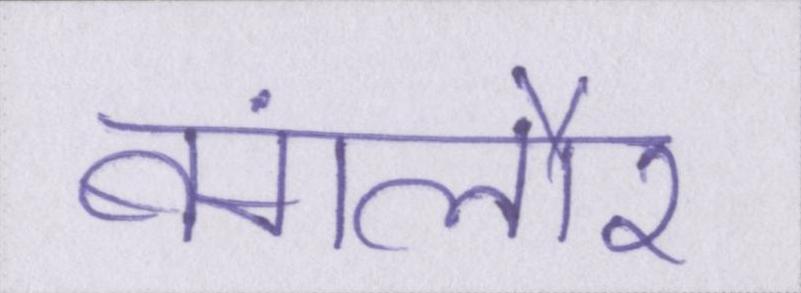
बंगलौर